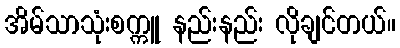
အိမ်သာသုံးစက္ကူ နည်းနည်း လိုချင်တယ်။